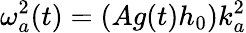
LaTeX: \omega_{a}^{2}(t)=(Ag(t)h_{0})k_{a}^{2}